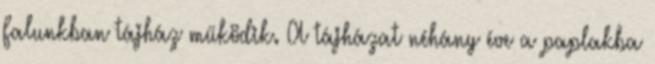
Falunkban tájház működik. A tájházat néhány éve a paplakba